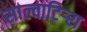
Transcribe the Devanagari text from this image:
साल्वाटिर्‍रा